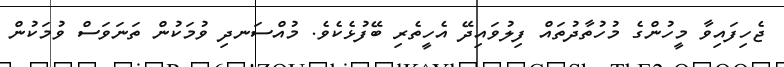
ޖެހިފައިވާ މީހުންގެ މުހުތާދުތައް ފިލުވައިދޭ އެހީތެރި ބޭފުޅެކެވެ. މުއްސަނދި ވުމަކުން ތަނަވަސް ވުމަކުން